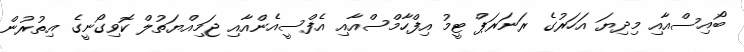
ބޯއިސްއާއި މިދިޔަ އަހަރުގެ ރަނަރަޕް ޓީމު އިފްހާމްސްއާއި އެފްސީއެންއާއި ޖަމިއްޔަތުލް ކޮވިގޯނީގެ އިތުރުން